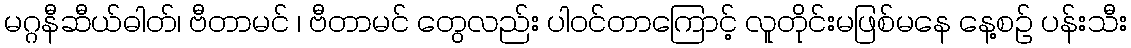
မဂ္ဂနီဆီယ်ဓါတ်၊ ဗီတာမင် ၊ ဗီတာမင် တွေလည်း ပါဝင်တာကြောင့် လူတိုင်းမဖြစ်မနေ နေ့စဉ် ပန်းသီး